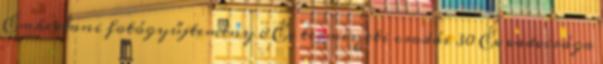
Embertani fotógyűjtemény 8 Év természeti csodái 30 Év vadvirága